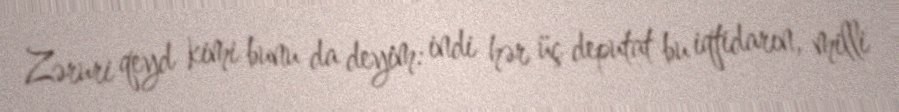
Zəruri qeyd kimi bunu da deyim: indi hər üç deputat bu iqtidarın, milli